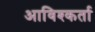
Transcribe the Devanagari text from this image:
आविश्कर्ता